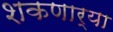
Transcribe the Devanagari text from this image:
शकणार्‍या